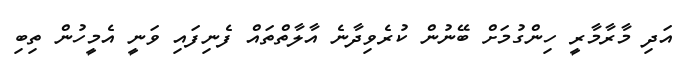
އަދި މާރާމާރީ ހިންގުމަށް ބޭނުން ކުރެވިދާނެ އާލާތްތައް ފެނިފައި ވަނީ އެމީހުން ތިބި